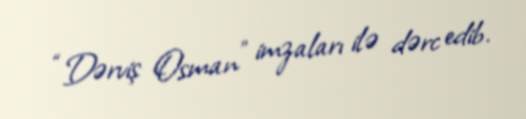
“Dərviş Osman” imzaları ilə dərc edib.